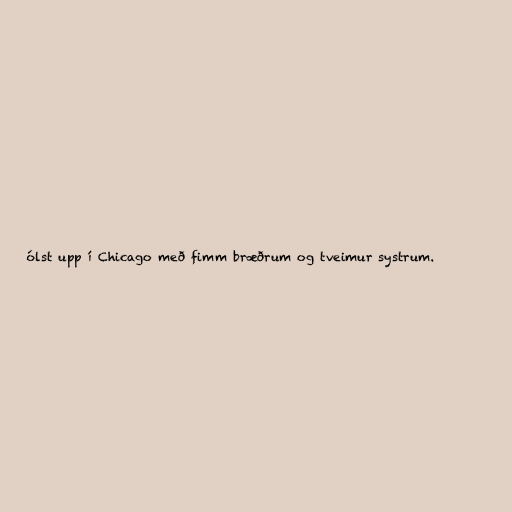
ólst upp í Chicago með fimm bræðrum og tveimur systrum.